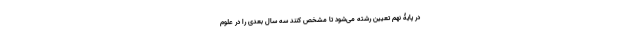
در پایۀ نهم تعیین رشته می‌شود تا مشخص کنند سه سال بعدی را در علوم